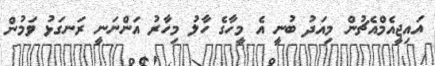
އައިޖީއެމްއެޗުން މިއަދު ބުނީ އެ މީހާގެ ހާލު މިހާރު އަންނަނީ ރަނގަޅު ވަމުން